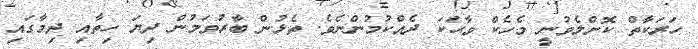
ހަރަކާތް ކޮށްލެވުނީ މެހެކް ވާޙަކަ ދެއްކުމުންނެވެ. ތެޅުން ބާރުވަމުން ދިޔަ ހިތާއި ދިމާގައި